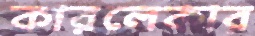
কারলেকার